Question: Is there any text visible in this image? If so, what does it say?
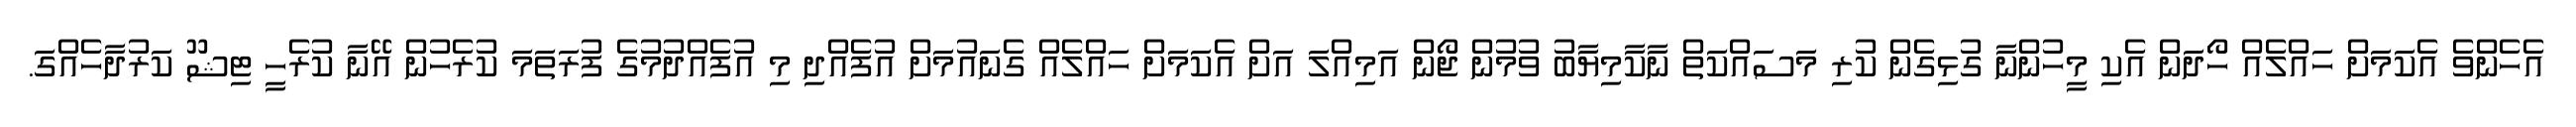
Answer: އެހެންވެ އެކަމަށް ހައްލެއް ހޯދަން އެކި މީހުންނާ ގުޅިގެން ކުރި މަސައްކަތް ނާކާމިޔާބު ވުމުން ޖޯން އަމިއްލަ އަށް އެކަމަށް ހައްލެއް ގެނައުމަށް އުފެއްދި މި އުފެއްދުމުގެ ފުރަތަމަ ކުރެހުން އޭނާ ކުރެހީ ޓިޝޫ ކަރުދާހެއްގަ.